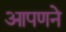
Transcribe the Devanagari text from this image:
आपणने